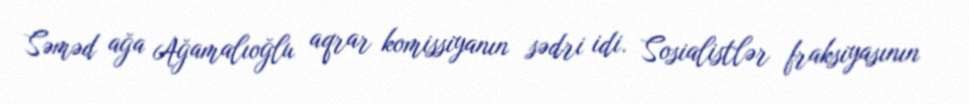
Səməd ağa Ağamalıoğlu aqrar komissiyanın sədri idi. Sosialistlər fraksiyasının